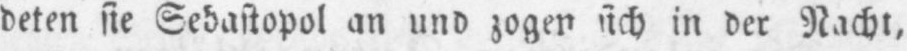
deten sie Sebastopol an und zogen sich in der Nacht,